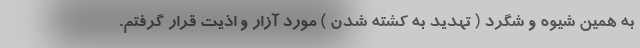
به همین شیوه و شگرد ( تهدید به کشته شدن ) مورد آزار و اذیت قرار گرفتم.